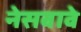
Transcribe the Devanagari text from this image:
नेसवावे